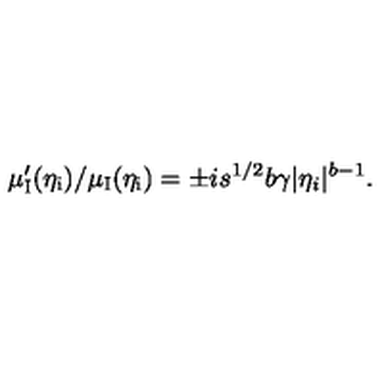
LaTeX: \mu _ { \mathrm { I } } ^ { \prime } ( \eta _ { \mathrm { i } } ) / \mu _ { \mathrm { I } } ( \eta _ { \mathrm { i } } ) = \pm i s ^ { 1 / 2 } b \gamma \vert \eta _ { i } \vert ^ { b - 1 } .